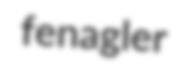
fenagler